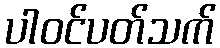
ပါဝင်ပတ်သက်